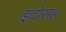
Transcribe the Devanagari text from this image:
इदोसह